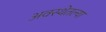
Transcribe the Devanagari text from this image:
अवस्थेतल्या